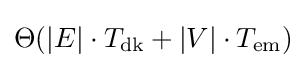
\Theta (|E|\cdot T_{\mathrm {dk} }+|V|\cdot T_{\mathrm {em} })